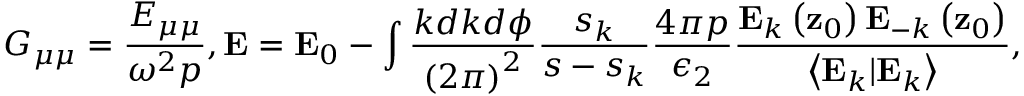
G _ { \mu \mu } = \frac { E _ { \mu \mu } } { \omega ^ { 2 } p } , \mathbf { E } = \mathbf { E } _ { 0 } - \int \frac { k d k d \phi } { \left( 2 \pi \right) ^ { 2 } } \frac { s _ { k } } { s - s _ { k } } \frac { 4 \pi p } { \epsilon _ { 2 } } \frac { \mathbf { E } _ { k } \left( \mathbf { z } _ { 0 } \right) \mathbf { E } _ { - k } \left( \mathbf { z } _ { 0 } \right) } { \left\langle \mathbf { E } _ { k } | \mathbf { E } _ { k } \right\rangle } ,